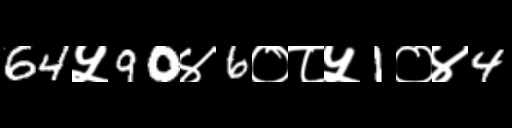
Text: 64५90४6०८५1०४4